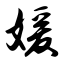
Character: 嫒